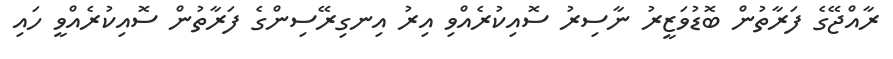
ރާއްޖޭގެ ފަރާތުން ބޮޑުވަޒީރު ނާސިރު ސޮއިކުރެއްވި އިރު އިނގިރޭސިންގެ ފަރާތުން ސޮއިކުރެއްވީ ހައި